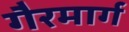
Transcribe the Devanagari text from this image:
गैरमार्ग